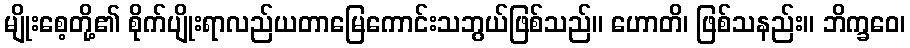
မျိုးစေ့တို့၏ စိုက်ပျိုးရာလည်ယတာမြေကောင်းသဘွယ်ဖြစ်သည်။ ဟောတိ၊ ဖြစ်သနည်း။ ဘိက္ခဝေ၊